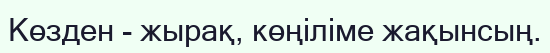
Көзден - жырақ, көңіліме жақынсың.